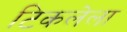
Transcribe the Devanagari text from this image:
टिकलेला